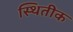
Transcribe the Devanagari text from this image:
स्थितीक